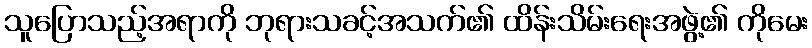
သူပြောသည့်အရာကို ဘုရားသခင့်အသက်၏ ထိန်းသိမ်းရေးအဖွဲ့၏ ကိုမေး